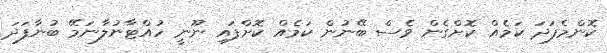
ކޮންމެފަދަ ކަމެއް ކޮށްގެން ވެސް ބޭނުން ކަމެއް ކޮށްފައި ނޫނީ ހުއްޓާނުލާނަމޭ ބުނާފަދަ